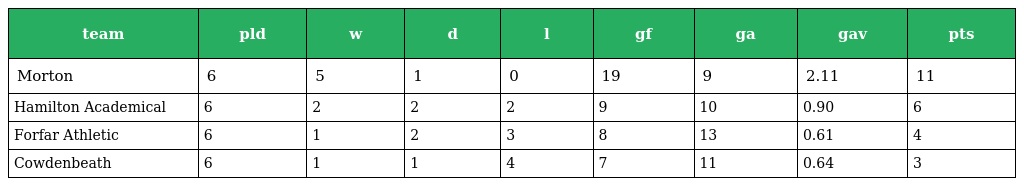
| team | pld | w | d | l | gf | ga | gav | pts |
 | --- | --- | --- | --- | --- | --- | --- | --- | --- |
 | Morton | 6 | 5 | 1 | 0 | 19 | 9 | 2.11 | 11 |
 | Hamilton Academical | 6 | 2 | 2 | 2 | 9 | 10 | 0.90 | 6 |
 | Forfar Athletic | 6 | 1 | 2 | 3 | 8 | 13 | 0.61 | 4 |
 | Cowdenbeath | 6 | 1 | 1 | 4 | 7 | 11 | 0.64 | 3 |